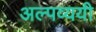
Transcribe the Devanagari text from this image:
अल्पव्ययी